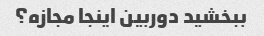
ببخشید دوربین اینجا مجازه؟